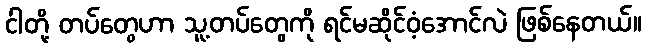
ငါတို့ တပ်တွေဟာ သူ့တပ်တွေကို ရင်မဆိုင်ဝံ့အောင်လဲ ဖြစ်နေတယ်။